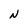
Character: N